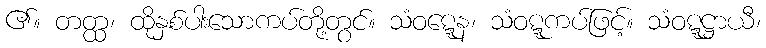
၏။ တတ္ထ၊ ထိုနှစ်ပါးသောကပ်တို့တွင်။ သံဝဋ္ဋေန၊ သံဝဋ္ဋကပ်ဖြင့်။ သံဝဋ္ဋဋ္ဌာယီ၊